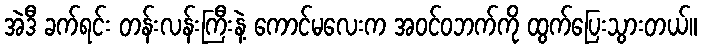
အဲဒီ ခက်ရင်း တန်းလန်းကြီးနဲ့ ကောင်မလေးက အဝင်ဝဘက်ကို ထွက်ပြေးသွားတယ်။